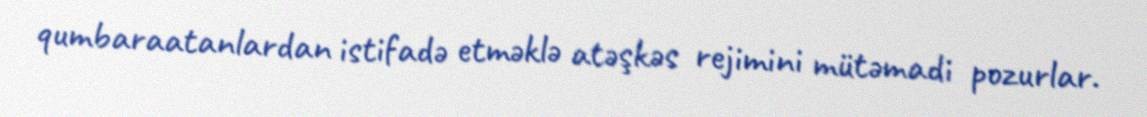
qumbaraatanlardan istifadə etməklə atəşkəs rejimini mütəmadi pozurlar.